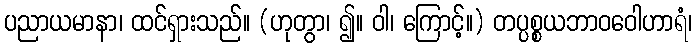
ပညာယမာနာ၊ ထင်ရှားသည်။ (ဟုတွာ၊ ၍။ ဝါ၊ ကြောင့်။) တပ္ပစ္စယဘာဝဝေါဟာရံ၊